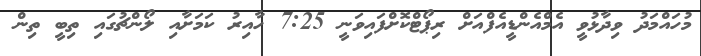
މުހައްމަދު ވިދާޅުވީ އެމްއެންޑީއެފްއަށް ރިޕޯޓްކޮށްފައިވަނީ 7:25 ހާއިރު ކަމަށާއި ލޯންޗުގައި ތިބީ ތިން